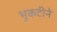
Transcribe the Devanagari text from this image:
भुकटीने